Account of plague administration in the Bombay Presidency from September 1896 till May 1897
Year: 1896
Disease focus: Plague
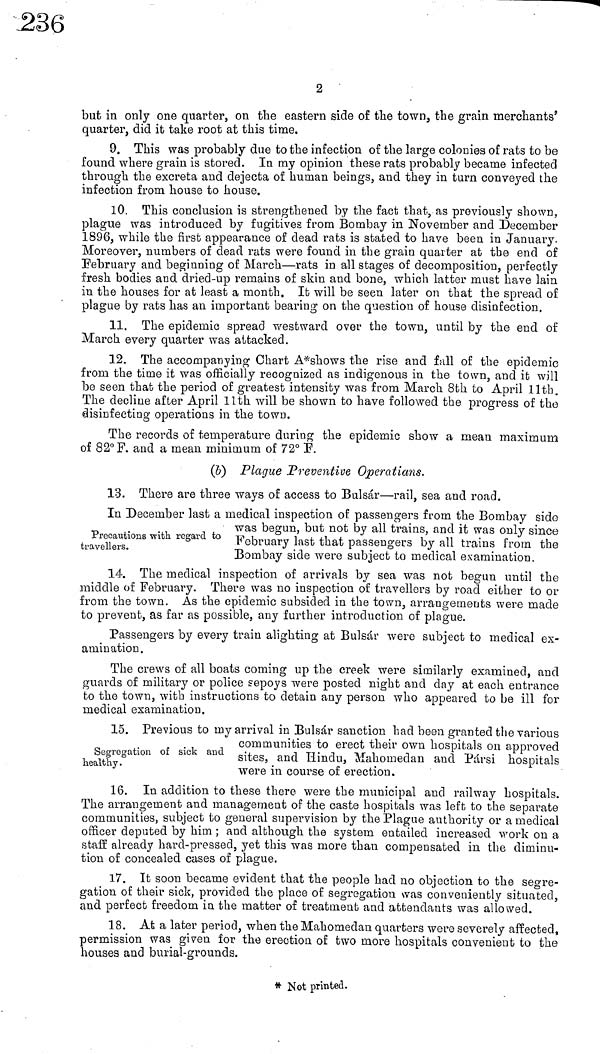
2
but in only one quarter, on the eastern side of the town, the grain merchants'
quarter, did it take root at this time.
9. This was probably due to the infection of the large colonies of rats to be
found where grain is stored. In my opinion these rats probably became infected
through the excreta and dejecta of human beings, and they in turn conveyed the
infection from house to house.
10. This conclusion is strengthened by the fact that, as previously shown,
plague was introduced by fugitives from Bombay in November and December
1896, while the first appearance of dead rats is stated to have been in January.
Moreover, numbers of dead rats were found in the grain quarter at the end of
February and beginning of March—rats in all stages of decomposition, perfectly
fresh bodies and dried-up remains of skin and bone, which latter must have lain
in the houses for at least a month. It will be seen later on that the spread of
plague by rats has an important bearing on the question of house disinfection.
11. The epidemic spread westward over the town, until by the end of
March every quarter was attacked.
12. The accompanying Chart A*shows the rise and fall of the epidemic
from the time it was officially recognized as indigenous in the town, and it will
be seen that the period of greatest intensity was from March 8th to April lltb.
The decline after April llth will be shown to have followed the progress of the
disinfecting operations in the town.
The records of temperature during the epidemic show a mean maximum
of 82° F. and a mean minimum of 72° F.
(b) Plague Preventive Operatians.
13. There are three ways of access to Bulsár—rail, sea and road.
In December last a medical inspection of passengers from the Bombay side
was begun, but not by all trains, and it was only since
Precautions with regard to February last that passengers by all trains from the
Bombay side were subject to medical examination.
14. The medical inspection of arrivals by sea was not begün until the
middle of February. There was no inspection of travellers by road either to or
from the town. As the epidemic subsided in the town, arrangements were made
to prevent, as far as possible, any further introduction of plague.
Passengers by every train alighting at Bulsár were subject to medical ex-
amination.
The crews of all boats coming up the creek were similarly examined, and
guards of military or police sepoys were posted night and clay at each entrance
to the town, with instructions to detain any person who appeared to be ill for
medical examination.
15. Previous to my arrival in Bulsár sanction had been granted the various
.
communities to erect their own hospitals on approved
healthy.
sites, and Hindu, Mahomedan and Pársi hospitals
were in course of erection.
16. In addition to these there were the municipal and railway hospitals.
The arrangement and management of the caste hospitals was left to the separate
communities, subject to general supervision by the Plague authority or a medical
officer deputed by him ; and although the system entailed increased work on a
staff already hard-pressed, yet this was more than compensated in the diminu-
tion of concealed cases of plague.
17. It soon became evident that the people had no objection to the segre-
gation of their sick, provided the place of segregation was conveniently situated,
and perfect freedom in the matter of treatment and attendants was allowed.
18. At a later period, when the Mahomedan quarters were severely affected,
permission was given for the erection of two more hospitals convenient to the
houses and burial-grounds.
* Not printed.